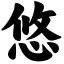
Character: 悠